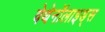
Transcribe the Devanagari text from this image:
वेथेनॉलाइड्स